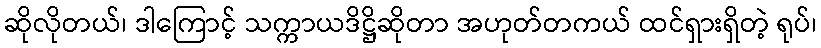
ဆိုလိုတယ်၊ ဒါကြောင့် သက္ကာယဒိဋ္ဌိဆိုတာ အဟုတ်တကယ် ထင်ရှားရှိတဲ့ ရုပ်၊